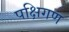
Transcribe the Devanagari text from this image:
पक्षिगण